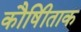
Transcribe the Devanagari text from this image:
कौषीिताक